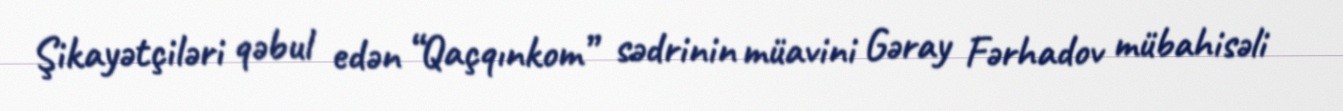
Şikayətçiləri qəbul edən “Qaçqınkom” sədrinin müavini Gəray Fərhadov mübahisəli